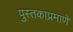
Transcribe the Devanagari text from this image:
पुस्तकाप्रमाणे